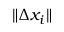
\| \Delta x _ { i } \|